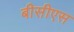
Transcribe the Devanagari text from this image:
बीसीएस